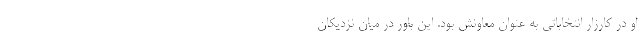
او در کارزار انتخاباتی به عنوان معاونش بود. این باور در میان نزدیکان